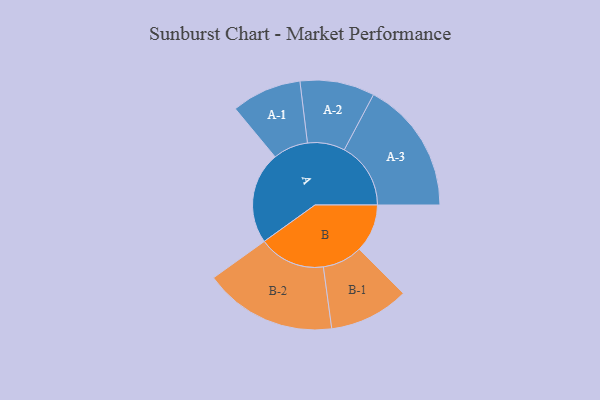
{"axis": {"x": "Segment", "y": "Value"}, "legend": ["", "A", "B"], "data": [{"x": "A", "y": 392, "type": ""}, {"x": "B", "y": 205, "type": ""}, {"x": "A-1", "y": 149, "type": "A"}, {"x": "A-2", "y": 159, "type": "A"}, {"x": "A-3", "y": 283, "type": "A"}, {"x": "B-1", "y": 170, "type": "B"}, {"x": "B-2", "y": 283, "type": "B"}]}